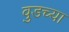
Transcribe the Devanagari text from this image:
वुडच्या